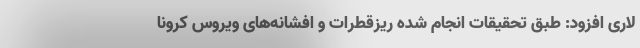
لاری افزود: طبق تحقیقات انجام شده ریزقطرات و افشانه‌های ویروس کرونا